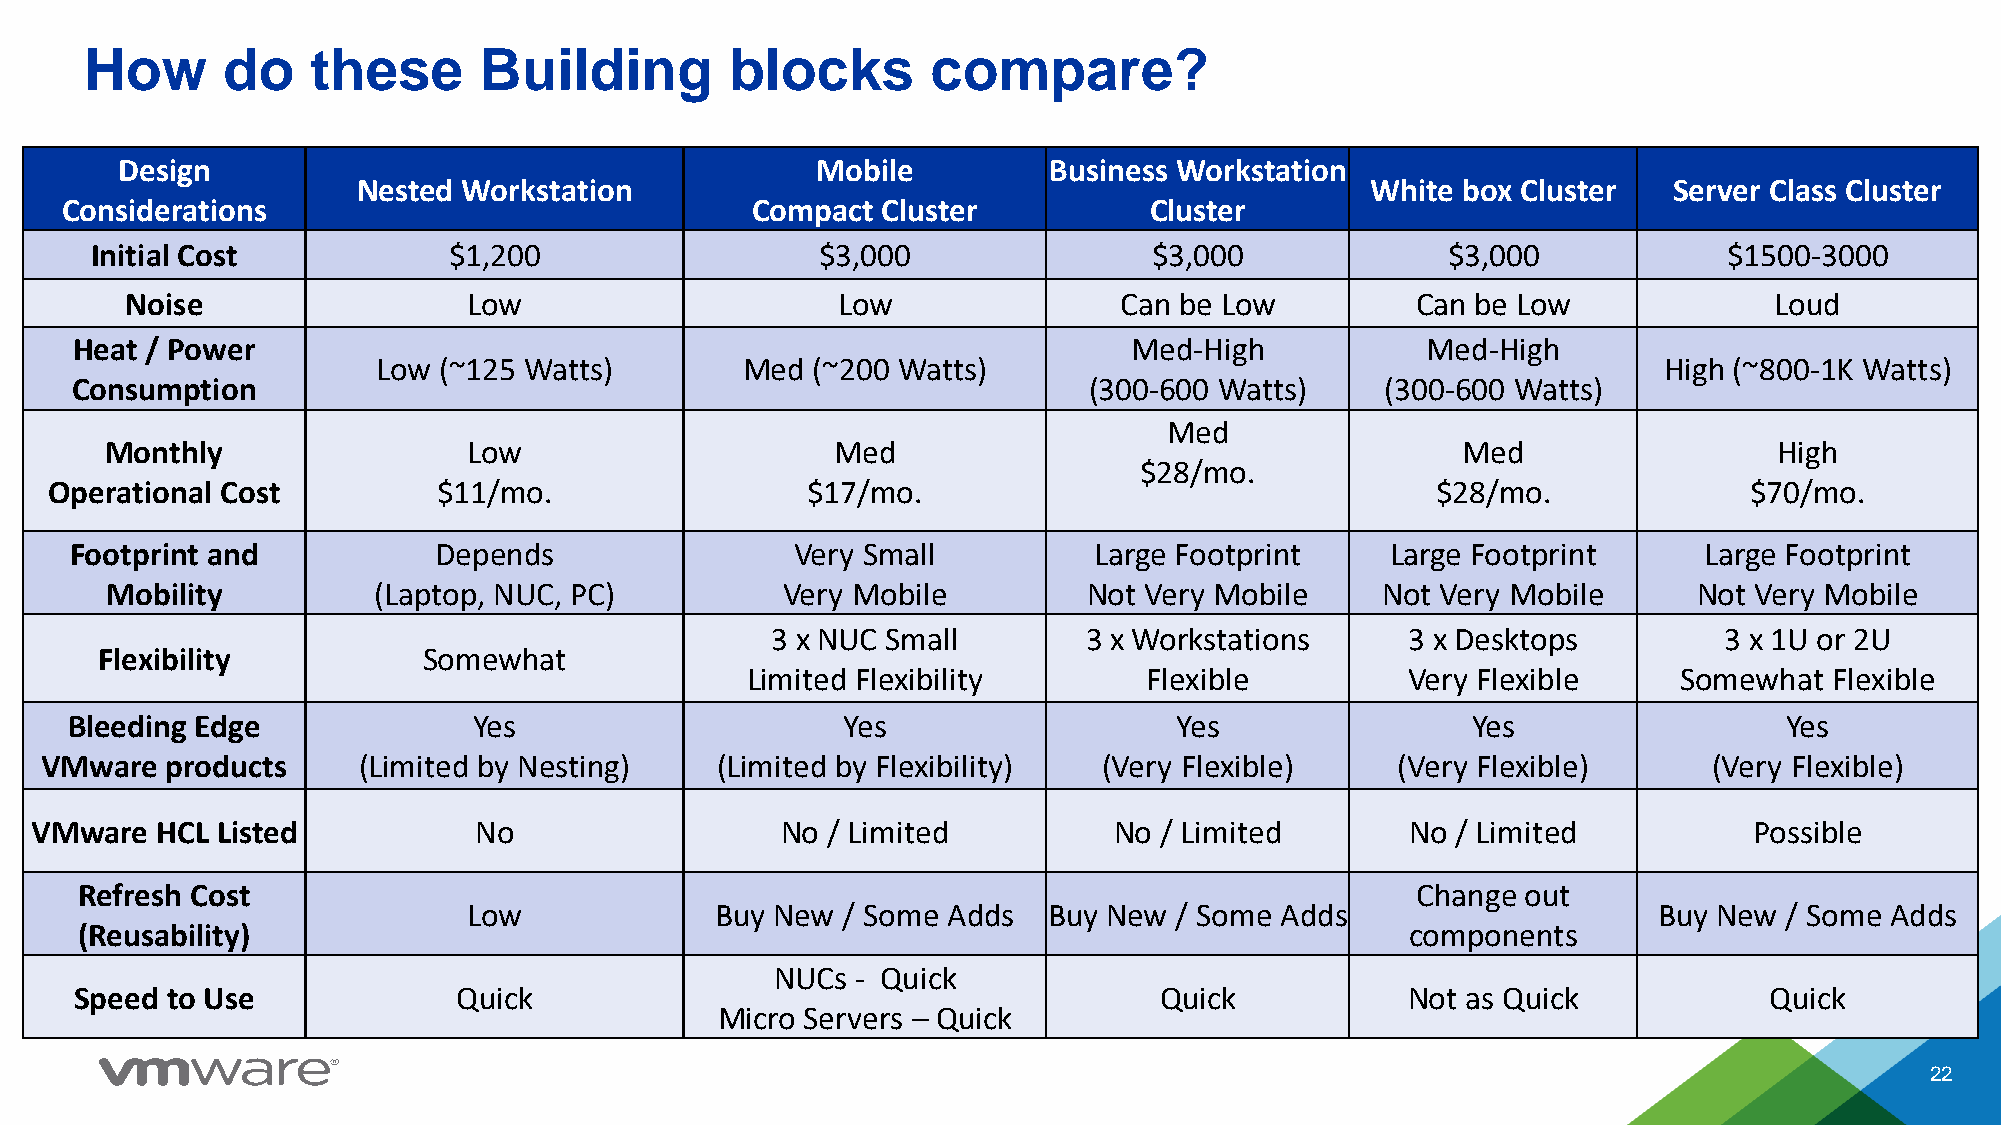
How      do    these      Building        blocks        compare?
 Design                                        Mobile         Business Workstation
 Nested Workstation                                                 White box Cluster   Server Class Cluster
 Considerations                                Compact Cluster           Cluster
 Initial Cost            $1,200                  $3,000                $3,000              $3,000            $1500-3000
 Noise                  Low                     Low                Can be Low          Can be Low             Loud
 Heat / Power                                                          Med-High           Med-High
 Low (~125 Watts)        Med  (~200 Watts)                                            High (~800-1K Watts)
 Consumption                                                        (300-600 Watts)     (300-600 Watts)
 Med
 Monthly                 Low                     Med                                       Med                  High
 $28/mo.
 Operational Cost          $11/mo.                 $17/mo.                                   $28/mo.              $70/mo.
 Footprint and           Depends                 Very Small         Large Footprint     Large Footprint      Large Footprint
 Mobility          (Laptop, NUC, PC)          Very Mobile         Not Very Mobile    Not Very Mobile      Not Very Mobile
 3 x NUC Small        3 x Workstations     3 x Desktops         3 x 1U or 2U
 Flexibility           Somewhat
 Limited Flexibility        Flexible         Very Flexible     Somewhat  Flexible
 Bleeding Edge              Yes                      Yes                   Yes                Yes                  Yes
 VMware  products     (Limited by Nesting)   (Limited by Flexibility)  (Very Flexible)    (Very Flexible)      (Very Flexible)
 VMware  HCL Listed           No                   No / Limited          No / Limited       No / Limited           Possible
 Refresh Cost                                                                             Change out
 Low             Buy New  / Some Adds  Buy New  / Some Adds                     Buy New / Some Adds
 (Reusability)                                                                           components
 NUCs  - Quick
 Speed to Use             Quick                                          Quick           Not as Quick            Quick
 Micro Servers – Quick
 22